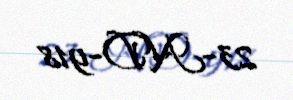
23-ND-918